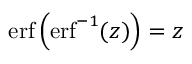
\operatorname { e r f } \left( \operatorname { e r f } ^ { - 1 } ( z ) \right) = z